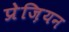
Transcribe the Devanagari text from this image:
प्रेज़ियन